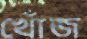
খোঁজ